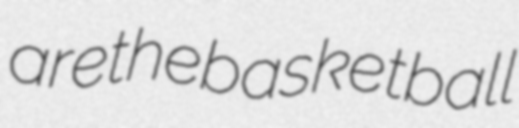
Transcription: are the basketball